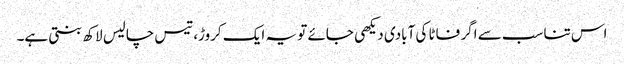
اس تناسب سے اگر فاٹا کی آبادی دیکھی جائے تو یہ ایک کروڑ، تیس چالیس لاکھ بنتی ہے۔